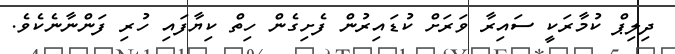
ދިލިޕް ކުމާރަކީ ސައިރާ ވަރަށް ކުޑައިރުން ފެށިގެން ހިތް ކިިޔާފައި ހުރި ފަންނާނެކެވެ.